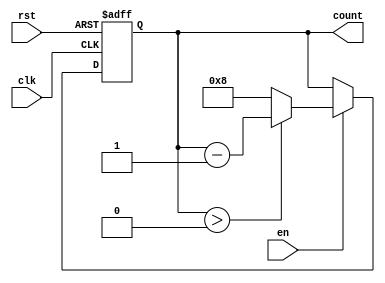
module down_counter #(
    parameter N = 8 // Define the maximum count value (N)
)(
    input wire clk,       // Clock signal
    input wire rst,       // Asynchronous reset signal
    input wire en,        // Enable signal
    output reg [N-1:0] count // Counter output
);

// Initialize the counter
initial begin
    count = N; // Start counting from N
end

// Always block for the counter operation
always @(posedge clk or posedge rst) begin
    if (rst) begin
        count <= N; // Reset the counter to N
    end else if (en) begin
        if (count > 0) begin
            count <= count - 1; // Decrement the counter
        end else begin
            count <= N; // Wrap around to N if count reaches 0
        end
    end
end

endmodule